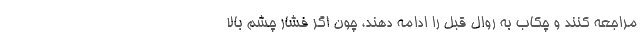
مراجعه کنند و چکاب به روال قبل را ادامه دهند، چون اگر فشار چشم بالا